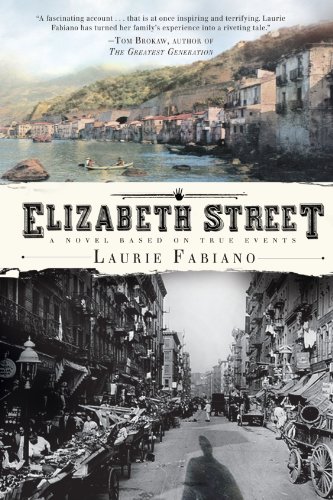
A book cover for Elizabeth Street; Laurie Fabiano; Literature & Fiction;